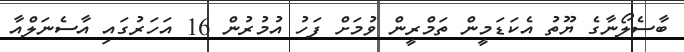
ބާސެލޯނާގެ ޔޫތު އެކަޑަމީން ތަމްރީން ވުމަށް ފަހު އުމުރުން 16 އަހަރުގައި އާސެނަލްއާ